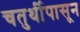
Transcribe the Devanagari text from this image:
चतुर्थीपासून